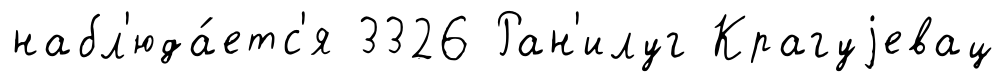
набл'юда́етс'я 3326 Ран'илуг Крагуjевац